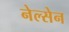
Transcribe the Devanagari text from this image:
नेल्सेन